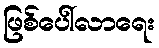
ဖြစ်ပေါ်လာရေး